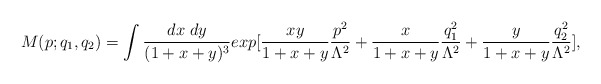
\begin{align*}M(p;q_1,q_2)=\int\frac{dx\;dy}{(1+x+y)^3}exp[\frac{xy}{1+x+y}\frac{p^2}{\Lambda^2}+\frac{x}{1+x+y}\frac{q_1^2}{\Lambda^2}+\frac{y}{1+x+y}\frac{q_2^2}{\Lambda^2}],\end{align*}